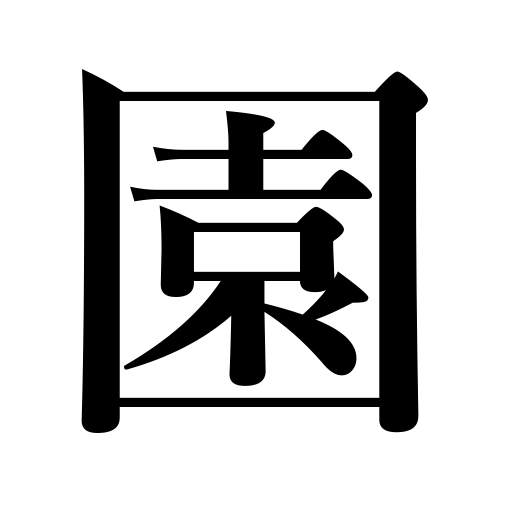
Meanings: garden,plantation,farm,park,yard